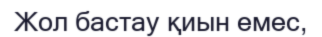
Жол бастау қиын емес,